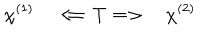
\chi ^ { ( 1 ) } \quad \Longleftarrow T \Longrightarrow \quad \chi ^ { ( 2 ) }